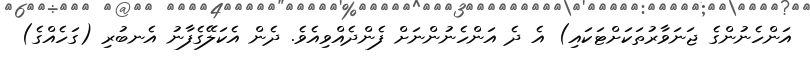
އަންހެނުންގެ ޖަނަވާރުތަކަށްޓަކައި) އެ ދެ އަންހެނުންނަށް ފެންދެއްވިއެވެ. ދެން އެކަލޭގެފާނު އެނބުރި (ގަހެއްގެ)